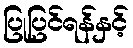
ပြုပြင်ရန်နှင့်